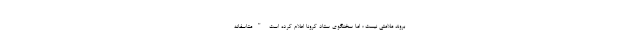
بروند ملامتی نیست ؛ اما سخنگوی ستاد کرونا اعلام کرده است "متاسفانه